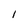
Character: I